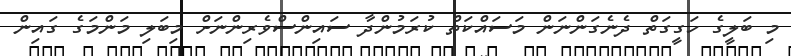
މި ބަލީގެ ހަގީގަތް ދެނެގަންނަން މަސައްކަތް ކުރަމުންދާ ސައިންސްވެރިންނަށް މިބަލި މަންމަގެ ގައިން